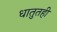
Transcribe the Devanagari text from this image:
धातुतही